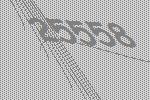
25558